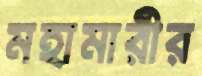
মহামারীর